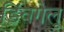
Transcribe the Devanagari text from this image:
डिंवगेलू